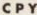
CPY